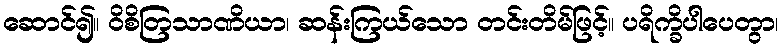
ဆောင်၍။ ဝိစိတြသာဏိယာ၊ ဆန်းကြယ်သော တင်းတိမ်ဖြင့်။ ပရိက္ခိပါပေတွာ၊